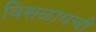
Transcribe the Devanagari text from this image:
विसळायची